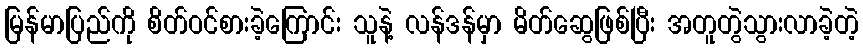
မြန်မာပြည်ကို စိတ်ဝင်စားခဲ့ကြောင်း သူနဲ့ လန်ဒန်မှာ မိတ်ဆွေဖြစ်ပြီး အတူတွဲသွားလာခဲ့တဲ့